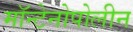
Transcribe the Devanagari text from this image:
मॉन्टेनोपोलीन